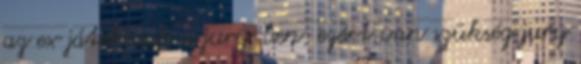
az ex játékosok a jury-ben, ezért van szükség jury